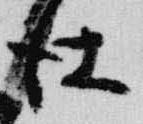
仕